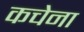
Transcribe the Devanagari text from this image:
कचेना